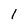
Character: 1